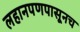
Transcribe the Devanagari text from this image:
लहानपणपासूनच